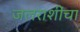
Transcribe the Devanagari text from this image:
जलराशींचा